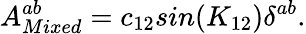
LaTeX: A_{Mixed}^{ab}=c_{12}sin(K_{12})\delta^{ab}.